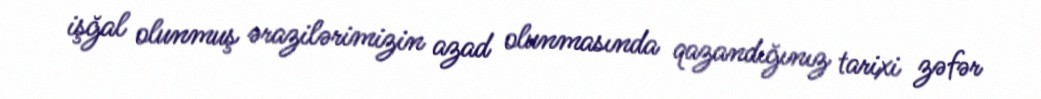
işğal olunmuş ərazilərimizin azad olunmasında qazandığınız tarixi zəfər